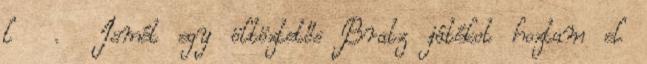
l . Ismét egy öltöztetős Bratz játékot hoztam el